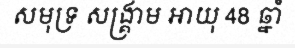
សមុទ្រ សង្គ្រាម អាយុ 48 ឆ្នាំ